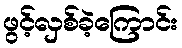
ဖွင့်လှစ်ခဲ့ကြောင်း